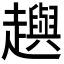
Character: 𧾚